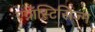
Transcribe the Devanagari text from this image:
एग्नॉस्टिसिज्म